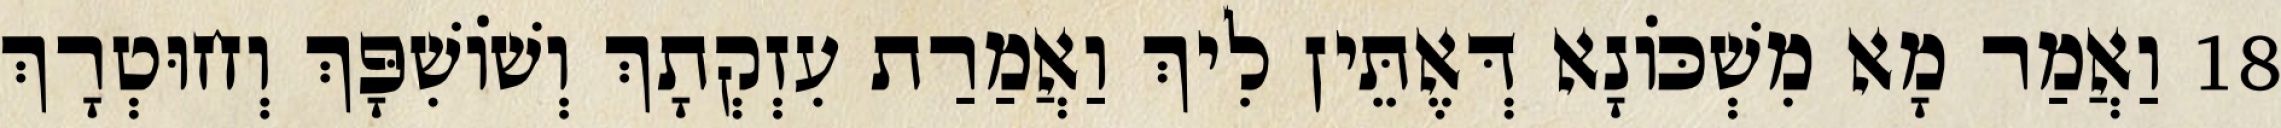
18 וַאֲמַר מָא מִשְׁכּוֹנָא דְּאֶתֵּין לִיךְ וַאֲמַרַת עִזְקְתָךְ וְשׁוֹשִׁפָּךְ וְחוּטְרָךְ